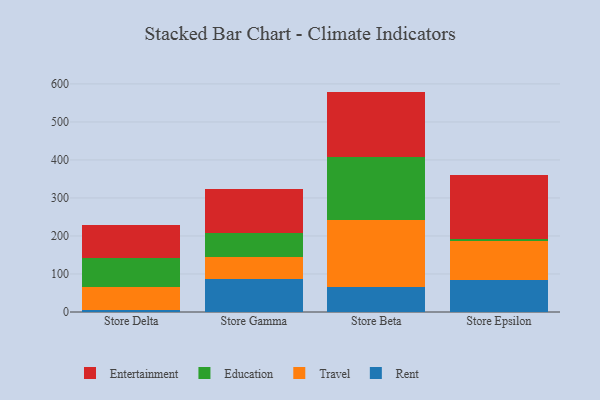
{"axis": {"x": "Store", "y": "Backlog"}, "legend": ["Education", "Entertainment", "Rent", "Travel"], "data": [{"x": "Store Delta", "y": 5.7, "type": "Rent"}, {"x": "Store Delta", "y": 60.9, "type": "Travel"}, {"x": "Store Delta", "y": 75.6, "type": "Education"}, {"x": "Store Delta", "y": 86.0, "type": "Entertainment"}, {"x": "Store Gamma", "y": 87.9, "type": "Rent"}, {"x": "Store Gamma", "y": 56.3, "type": "Travel"}, {"x": "Store Gamma", "y": 64.1, "type": "Education"}, {"x": "Store Gamma", "y": 115.4, "type": "Entertainment"}, {"x": "Store Beta", "y": 65.1, "type": "Rent"}, {"x": "Store Beta", "y": 176.6, "type": "Travel"}, {"x": "Store Beta", "y": 165.1, "type": "Education"}, {"x": "Store Beta", "y": 173.0, "type": "Entertainment"}, {"x": "Store Epsilon", "y": 84.3, "type": "Rent"}, {"x": "Store Epsilon", "y": 103.3, "type": "Travel"}, {"x": "Store Epsilon", "y": 5.3, "type": "Education"}, {"x": "Store Epsilon", "y": 166.9, "type": "Entertainment"}]}